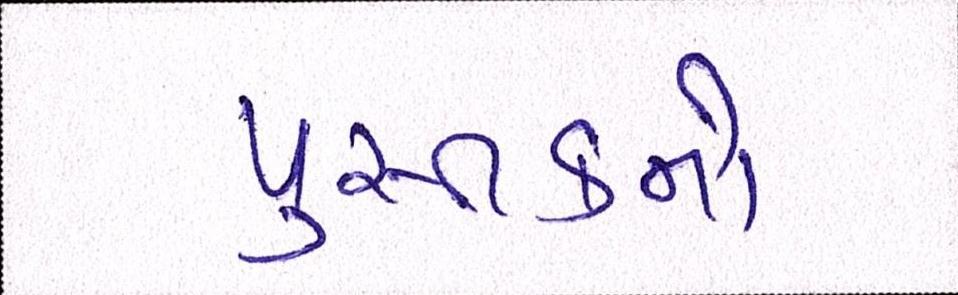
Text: પુસ્તકનો